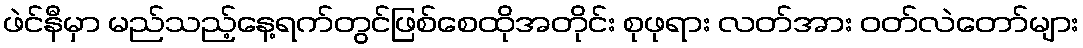
ဖဲင်နီမှာ မည်သည့်နေ့ရက်တွင်ဖြစ်စေထိုအတိုင်း စုဖုရား လတ်အား ဝတ်လဲတော်များ